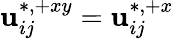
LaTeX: \mathbf{u}_{ij}^{\ast,+xy}=\mathbf{u}_{ij}^{\ast,+x}